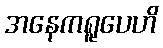
အနေကရူပေဟိ